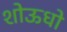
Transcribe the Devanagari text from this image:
शोऊधो